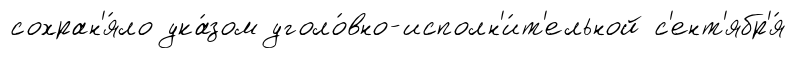
сохран'я́ло ука́зом уголо́вно-исполн'и́т'ельной с'ент'ябр'я́